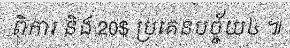
ពិការ និង 20$ ប្រគេនបច្ច័យ៤ ៕